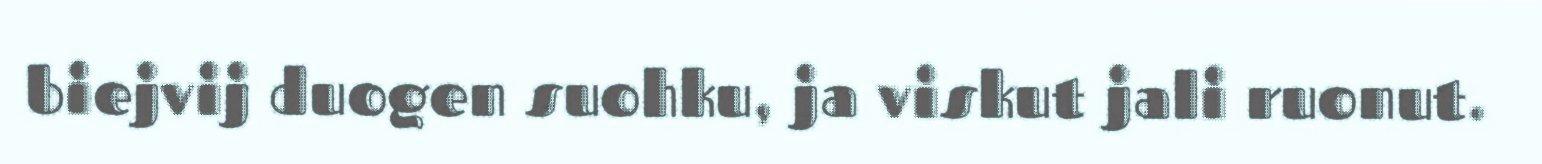
biejvij duogen suohku, ja viskut jali ruonut.